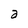
Character: a